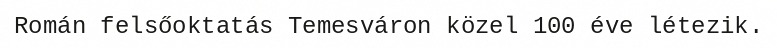
Román felsőoktatás Temesváron közel 100 éve létezik.